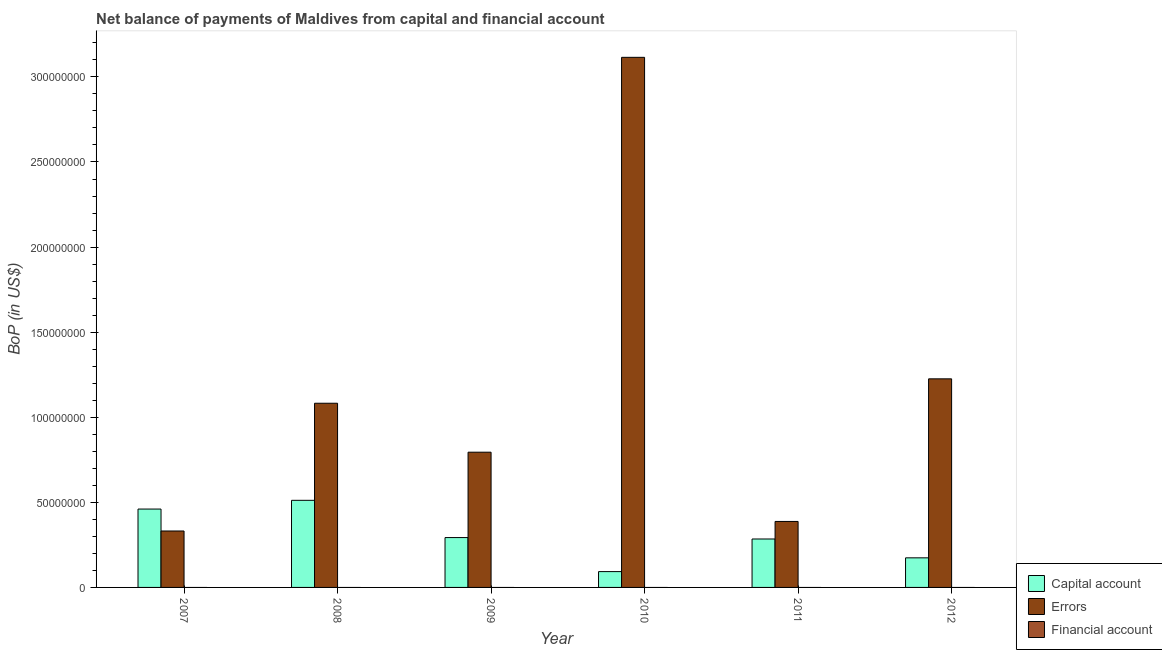
| Year | Capital account | Errors | Financial account |
 | --- | --- | --- | --- |
 | 2007 | 4.61e+07 | 3.32e+07 | -2.4e+08 |
 | 2008 | 5.12e+07 | 1.08e+08 | -1.94e+08 |
 | 2009 | 2.93e+07 | 7.95e+07 | -1.43e+08 |
 | 2010 | 9.3e+06 | 3.11e+08 | -2.49e+08 |
 | 2011 | 2.85e+07 | 3.88e+07 | -1.53e+08 |
 | 2012 | 1.74e+07 | 1.23e+08 | -6.42e+07 |